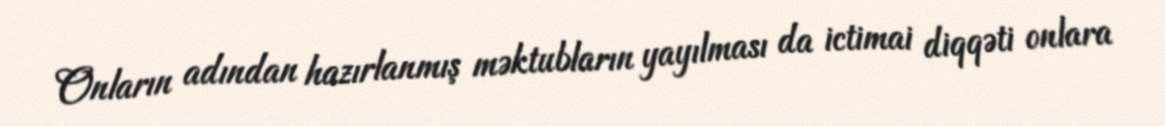
Onların adından hazırlanmış məktubların yayılması da ictimai diqqəti onlara